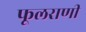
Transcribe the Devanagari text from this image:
फूलराणी